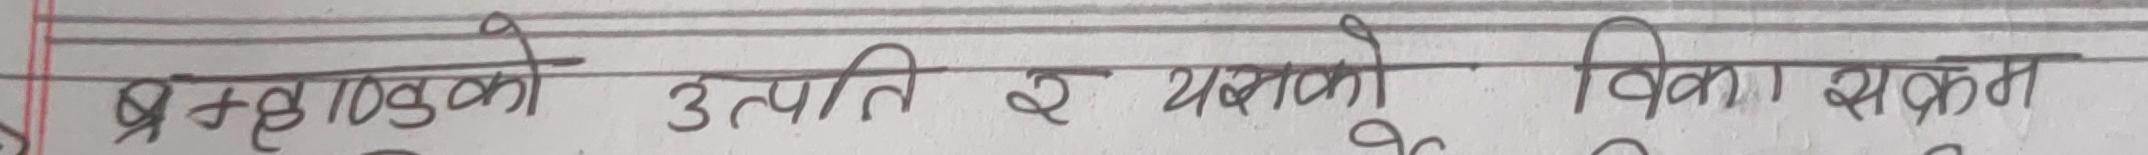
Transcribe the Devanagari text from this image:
बस्तुहरुको उत्पत्ति र यबको विकासक्रम